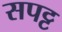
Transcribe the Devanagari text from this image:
सपट्ट